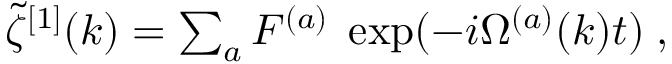
\begin{array} { r } { \tilde { \zeta } ^ { [ 1 ] } ( k ) = \sum _ { a } F ^ { ( a ) } \; \exp ( - i \Omega ^ { ( a ) } ( k ) t ) \; , } \end{array}